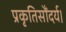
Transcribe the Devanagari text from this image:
प्रकृतिसौंदर्य।